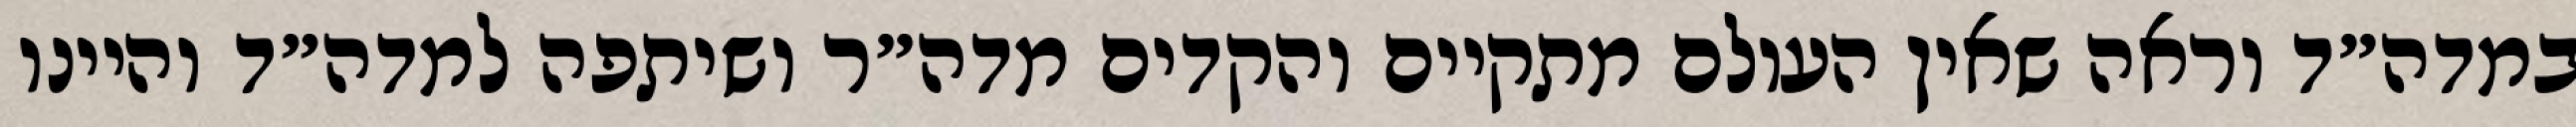
במדה״ד וראה שאין העולם מתקיים והקדים מדה״ר ושיתפה למדה״ד והיינו